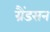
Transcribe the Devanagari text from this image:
ग्रैंडसन